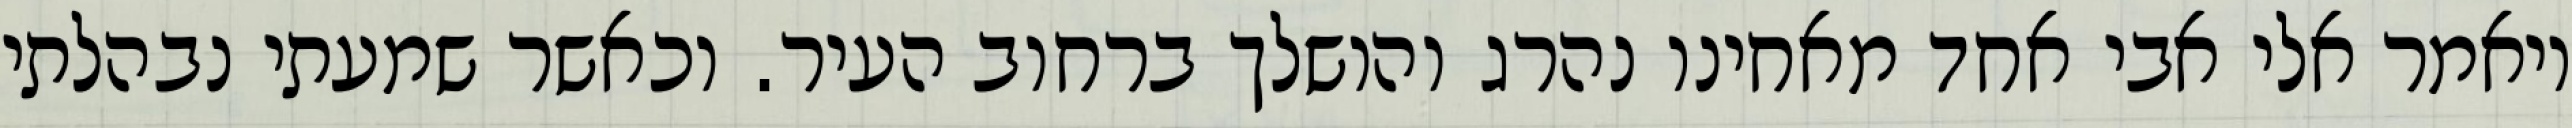
ויאמר אלי אבי אחד מאחינו נהרג והושלך ברחוב העיר. וכאשר שמעתי נבהלתי